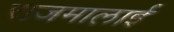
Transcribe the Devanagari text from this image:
राजमालाई